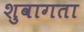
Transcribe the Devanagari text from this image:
शुवागता